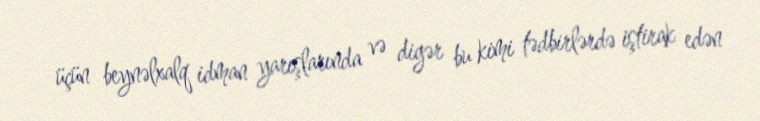
üçün beynəlxalq idman yarışlarında və digər bu kimi tədbirlərdə iştirak edən